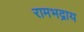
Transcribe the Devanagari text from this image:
रामभद्राय